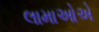
લામાઓએ